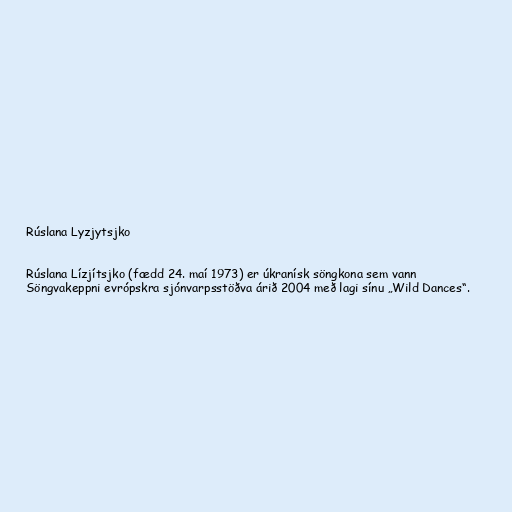
Rúslana Lyzjytsjko

Rúslana Lízjítsjko (fædd 24. maí 1973) er úkranísk söngkona sem vann
Söngvakeppni evrópskra sjónvarpsstöðva árið 2004 með lagi sínu „Wild Dances“.